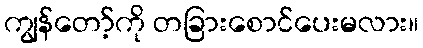
ကျွန်တော့်ကို တခြားစောင်ပေးမလား။